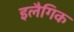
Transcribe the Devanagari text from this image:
इलैगिक